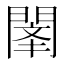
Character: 𲈫